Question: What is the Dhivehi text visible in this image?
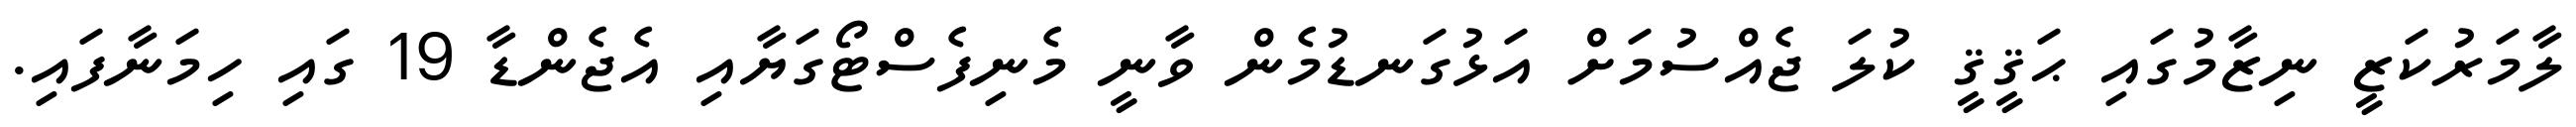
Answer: ލާމަރުކަޒީ ނިޒާމުގައި ޙަޤީޤީ ކުލަ ޖެއްސުމަށް އަޅުގަނޑުމެން ވާނީ މެނިފެސްޓޯގަޔާއި އެޖެންޑާ 19 ގައި ހިމަނާފައި.